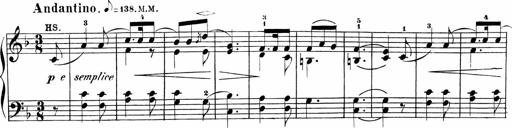
Title: Sonatinen Op.47, 98 und 136, nebst 6 Liedersonatinen
Composer: Carl Reinecke